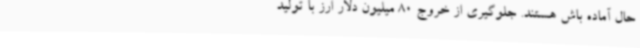
حال آماده باش هستند. جلوگیری از خروج 80 میلیون دلار ارز با تولید